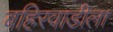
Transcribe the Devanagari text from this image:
बहिरवाडीला